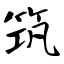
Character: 筑